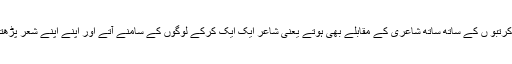
ان کرتبو ں کے ساتھ ساتھ شاعری کے مقابلے بھی ہوتے یعنی شاعر ایک ایک کرکے لوگوں کے سامنے آتے اور اپنے اپنے شعر پڑھتے۔